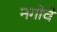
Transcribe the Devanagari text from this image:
नगोचे